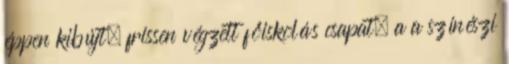
éppen kibújt, frissen végzett főiskolás csapat, a a színészi